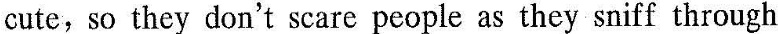
cute, so they dont scare people as they sniff through